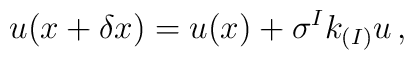
u(x+\delta x)= u(x) + \sigma^{I} k_{(I)}u\, ,